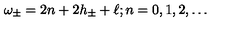
\omega _ { \pm } = 2 n + 2 h _ { \pm } + \ell ; n = 0 , 1 , 2 , \ldots